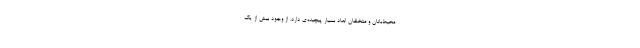
محیط‌بانان و متخلفان ابعاد بسیار پیچیده‌ی دارد. از وجود بیش از یک